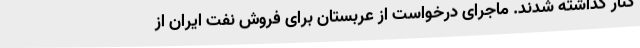
کنار گذاشته شدند. ماجرای درخواست از عربستان برای فروش نفت ایران از